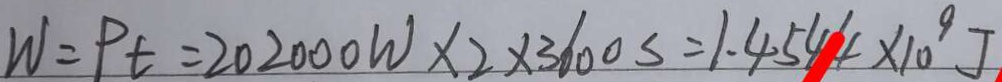
W = P t = 2 0 2 0 0 0 W \times 3 6 0 0 s = 1 . 4 5 4 4 \times 1 0 ^ { 9 } J